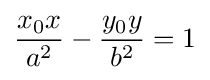
{\frac {x_{0}x}{a^{2}}}-{\frac {y_{0}y}{b^{2}}}=1